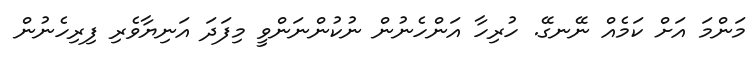
މަންމަ އަށް ކަމެއް ނޭނގޭ. ހުރިހާ އަންހެނުން ނުކުންނަންވީ މިފަދަ އަނިޔާވެރި ފިރިހެނުން